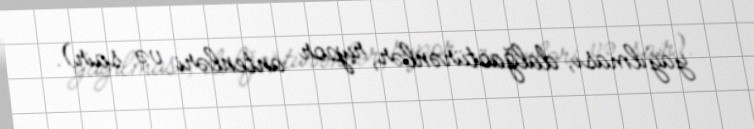
yayılması, dalğaötürənlər, rupor antenləri və sair).